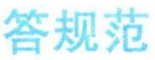
答规范